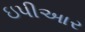
ઇપીઆર